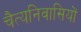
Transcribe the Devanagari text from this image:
चैत्यनिवासियों